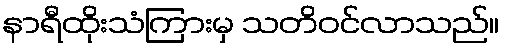
နာရီထိုးသံကြားမှ သတိဝင်လာသည်။